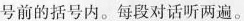
号前的括号内。每段对话听两遍。